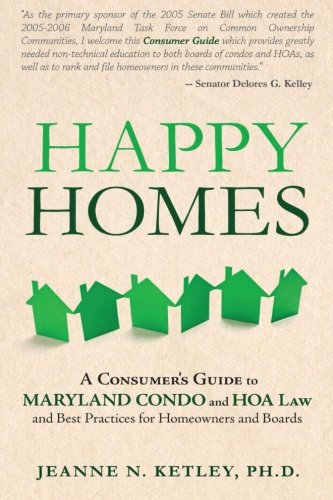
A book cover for Happy Homes: A Consumer's Guide to Maryland Condo and HOA Law and Best Practices for Homeowners and Boards; Jeanne N. Ketley Ph.D.; Reference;